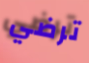
ترضي